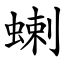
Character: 蝲